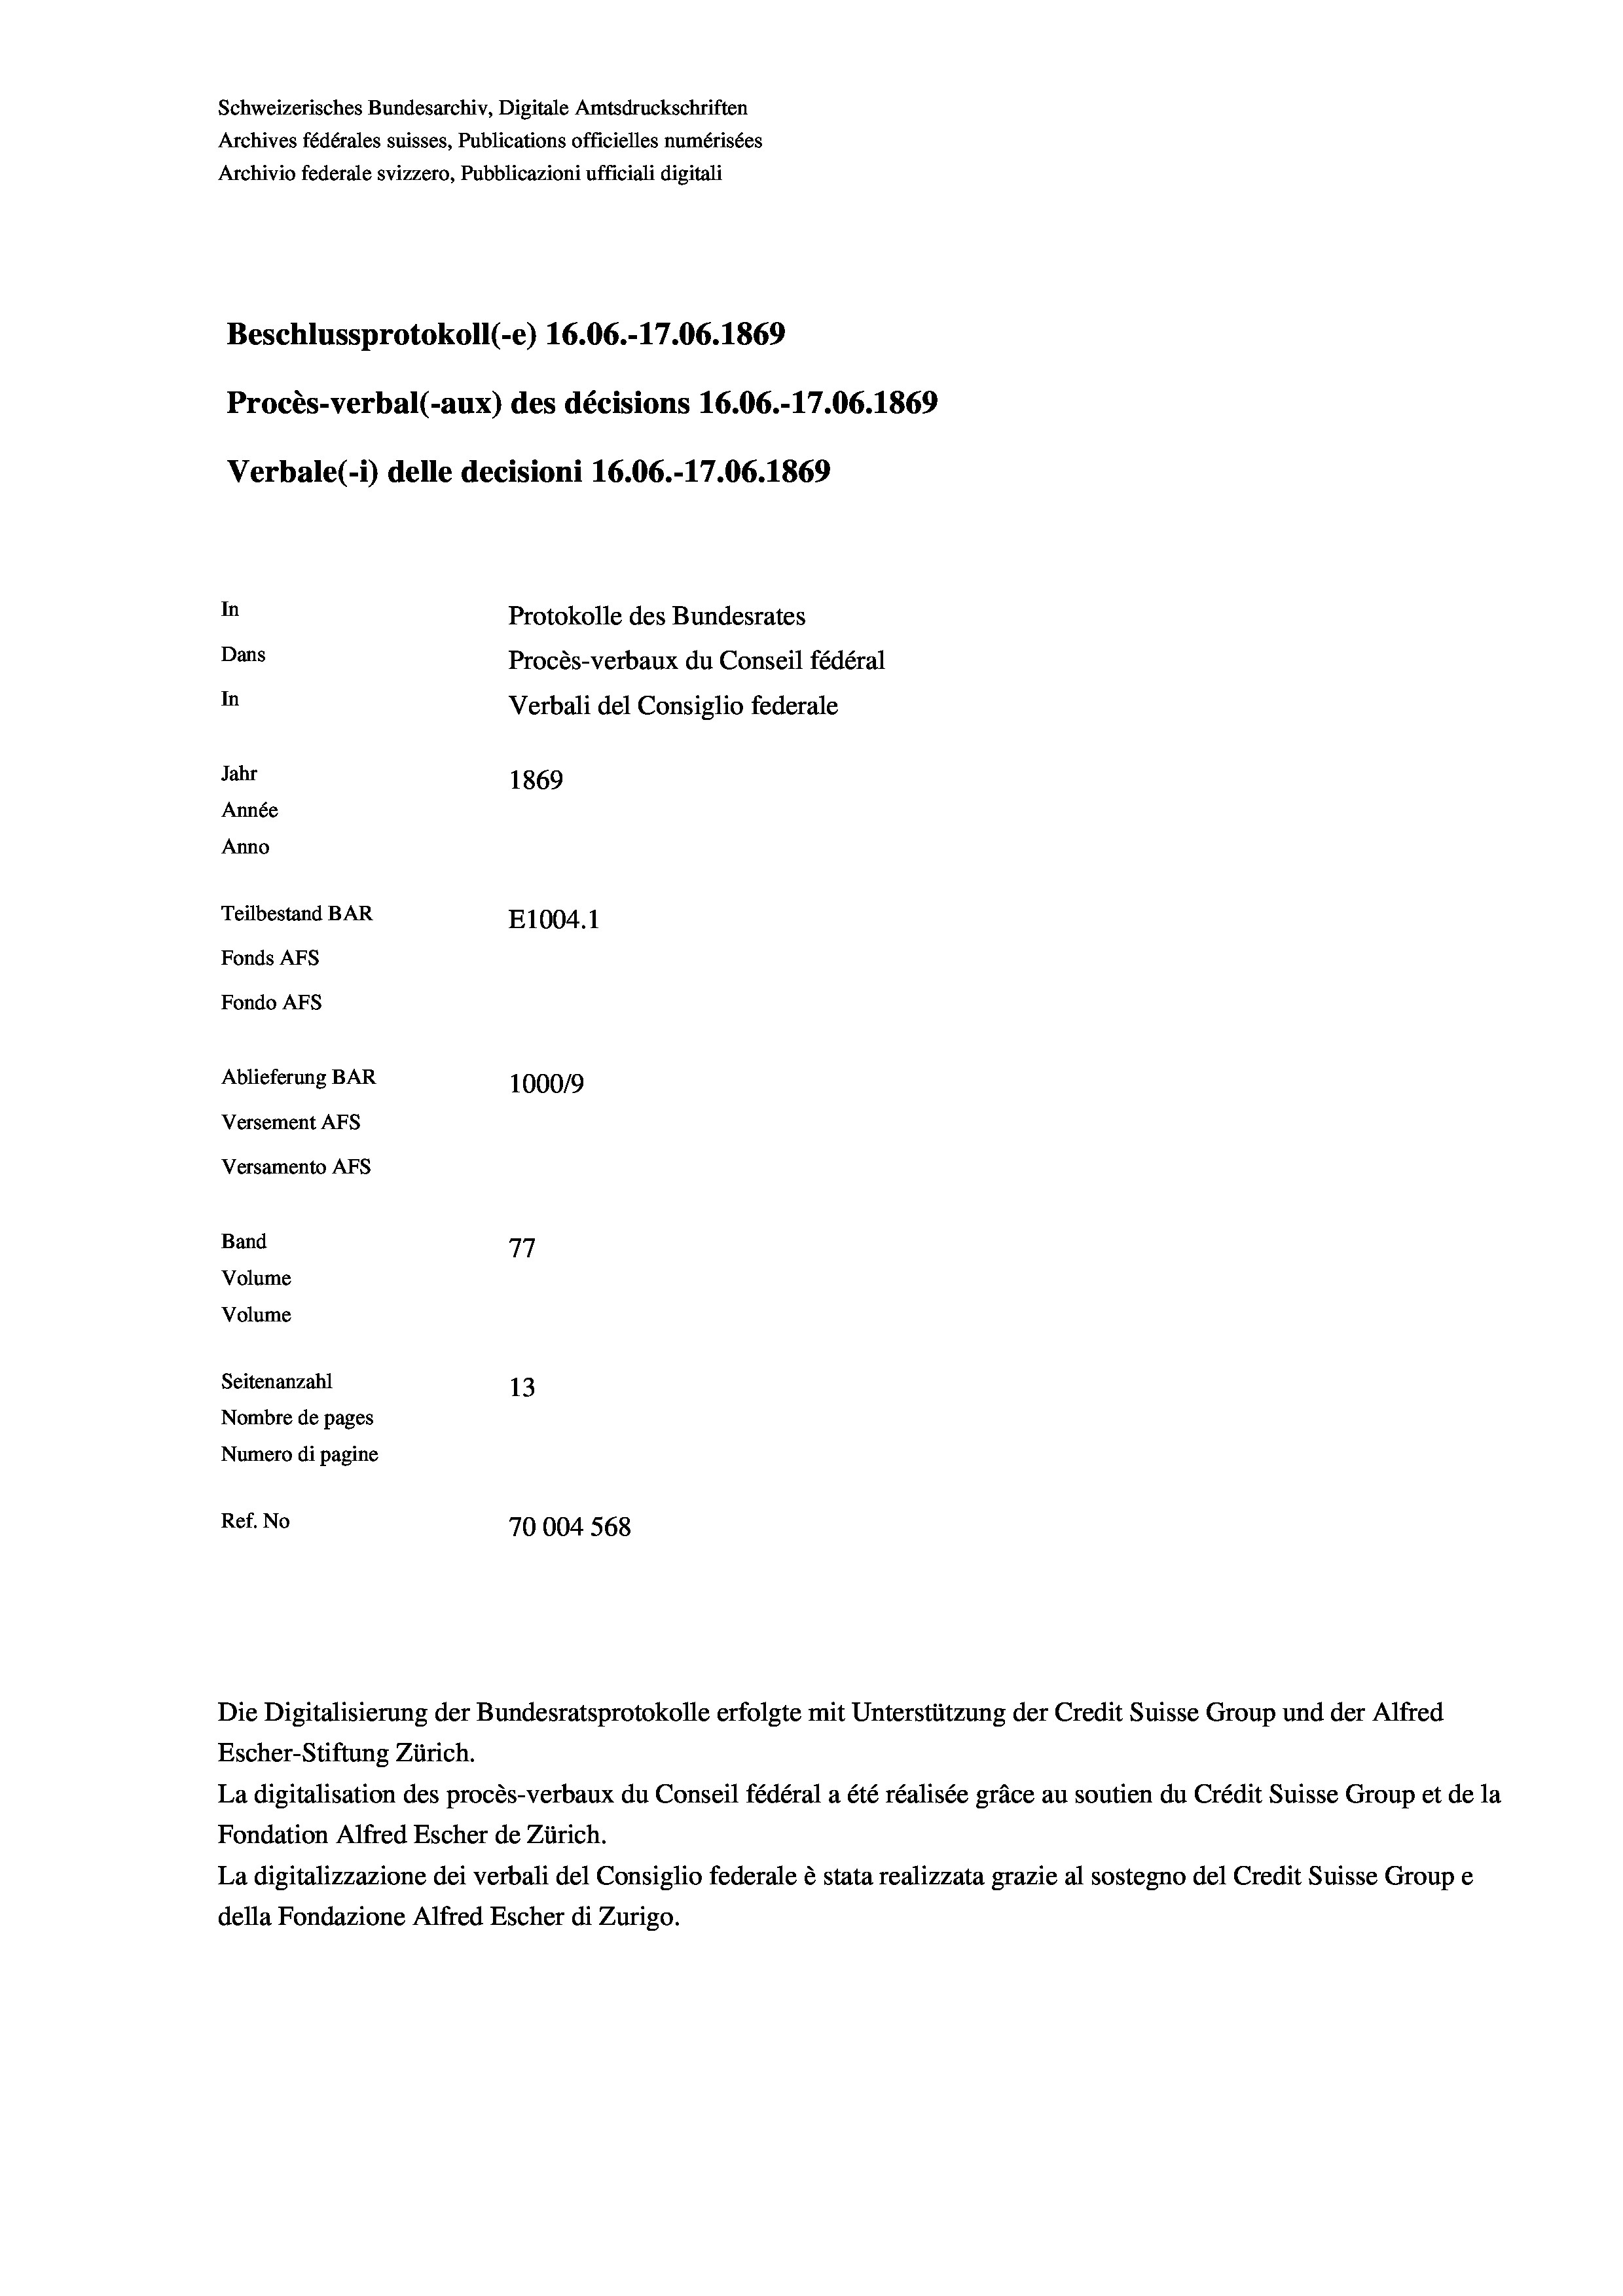
Beschlussprotokoll (-e) 16.06.-17.06. 1869
Procès-verbal (-aux) des décisions 16.06.-17.06. 1869
In
Protokolle des Bundesrates
Dans
Procès-verbaux du Conseil fédéral
In
Verbali del Consiglio federale
Jahr
1869
Année
Anno
Teilbestand BAR
E1004.1
Fonds AFs
Fondo Afs
Ablieferung BAR
100019
Versement AFs
Versamento Afs

Schweizerisches Bundesarchiv, Digitale Amtsdruckschriften
Archives fédérales suisses, Publications officielles numérisées
Archivio federale svizzero, Pubblicazioni ufficiali digitali

Verbale(-*) delle decisioni 16.06.-17.06. 1869

Band

77
Seitenanzahl
13
Nombre de pages
Numero di pagine
Ref. No
70004 568

Volume
Volume

Escher-Stiftung Zürich.
La digitalisation des procès-verbaux du Conseil fédéral a été réalisée gräce au soutien du Crédit Suisse Group et de la
Fondation Alfred Escher de Zürich.
La digitalizzazione dei verbali del Consiglio federale è stata realizzata grazie al sostegno del Credit Suisse Groupe
della Fondazione Alfred Escher di Zurigo.

Die Digitalisierung der Bundesratsprotokolle erfolgte mit Unterstützung der Credit Suisse Group und der Alfred